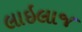
લાઇલાજ